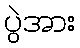
ပွဲအား